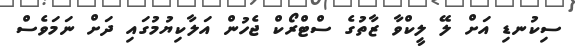
ސިކުނޑި އަށް ލޭ ލީކްވާ ޒާތުގެ ސްޓްރޯކް ޖެހުން އަލާކިޔުމުގައި ދަށް ނަމަވެސް